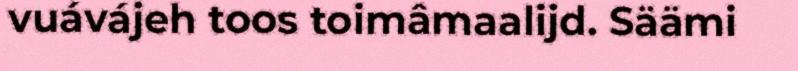
vuávájeh toos toimâmaalijd. Säämi